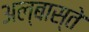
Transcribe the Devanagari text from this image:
अल्बास्ते